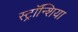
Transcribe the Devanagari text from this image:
स्ट्रॉन्शिया